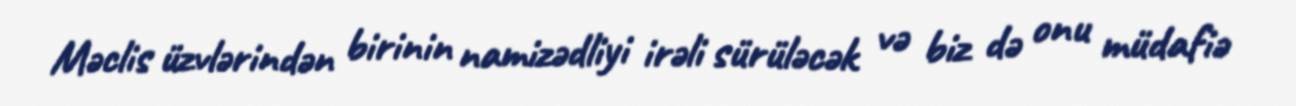
Məclis üzvlərindən birinin namizədliyi irəli sürüləcək və biz də onu müdafiə